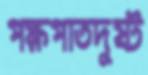
পক্ষপাতদুষ্ট